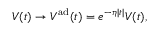
\begin{array} { r } { V ( t ) \rightarrow V ^ { \mathrm { a d } } ( t ) = e ^ { - \eta \vert t \vert } V ( t ) , } \end{array}